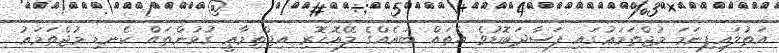
އަތުލައިފިނަމަ މުޖްތަމަޢުގައި ފަސާދަބޮޑުވެ އެތައް ބައެއްގެ ލޭއޮހޮރި އިޖްތިމާޢީ ގުޅުންތައް ކެނޑި މުޖްތަމަޢު